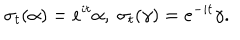
LaTeX: \sigma _ { t } ( \alpha ) = e ^ { i t } \alpha , \; \sigma _ { t } ( \gamma ) = e ^ { - i t } \gamma .